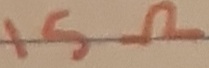
Text: 15Ω